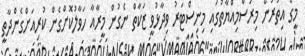
މީގެ އިތުރުން މިރަސްމިއްޔާތުގައި މިނިސްޓަރު ވިދާޅުވީ ޒަކާތް ނެގުން މީރާއާ ހަވާލުކޮށްގެން ކުރިއަށްގެންދާތީ